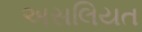
અસલિયત